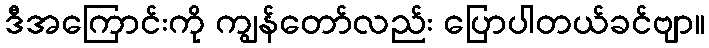
ဒီအကြောင်းကို ကျွန်တော်လည်း ပြောပါတယ်ခင်ဗျာ။